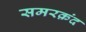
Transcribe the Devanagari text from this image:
समरक़ंद